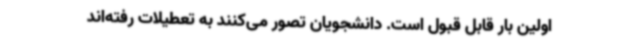
اولین بار قابل قبول است. دانشجویان تصور می‌کنند به تعطیلات رفته‌اند